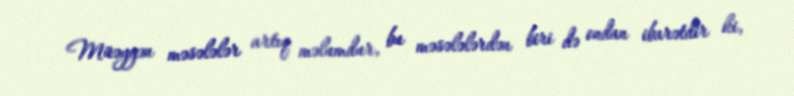
Müəyyən məsələlər artıq məlumdur, bu məsələlərdən biri də ondan ibarətdir ki,